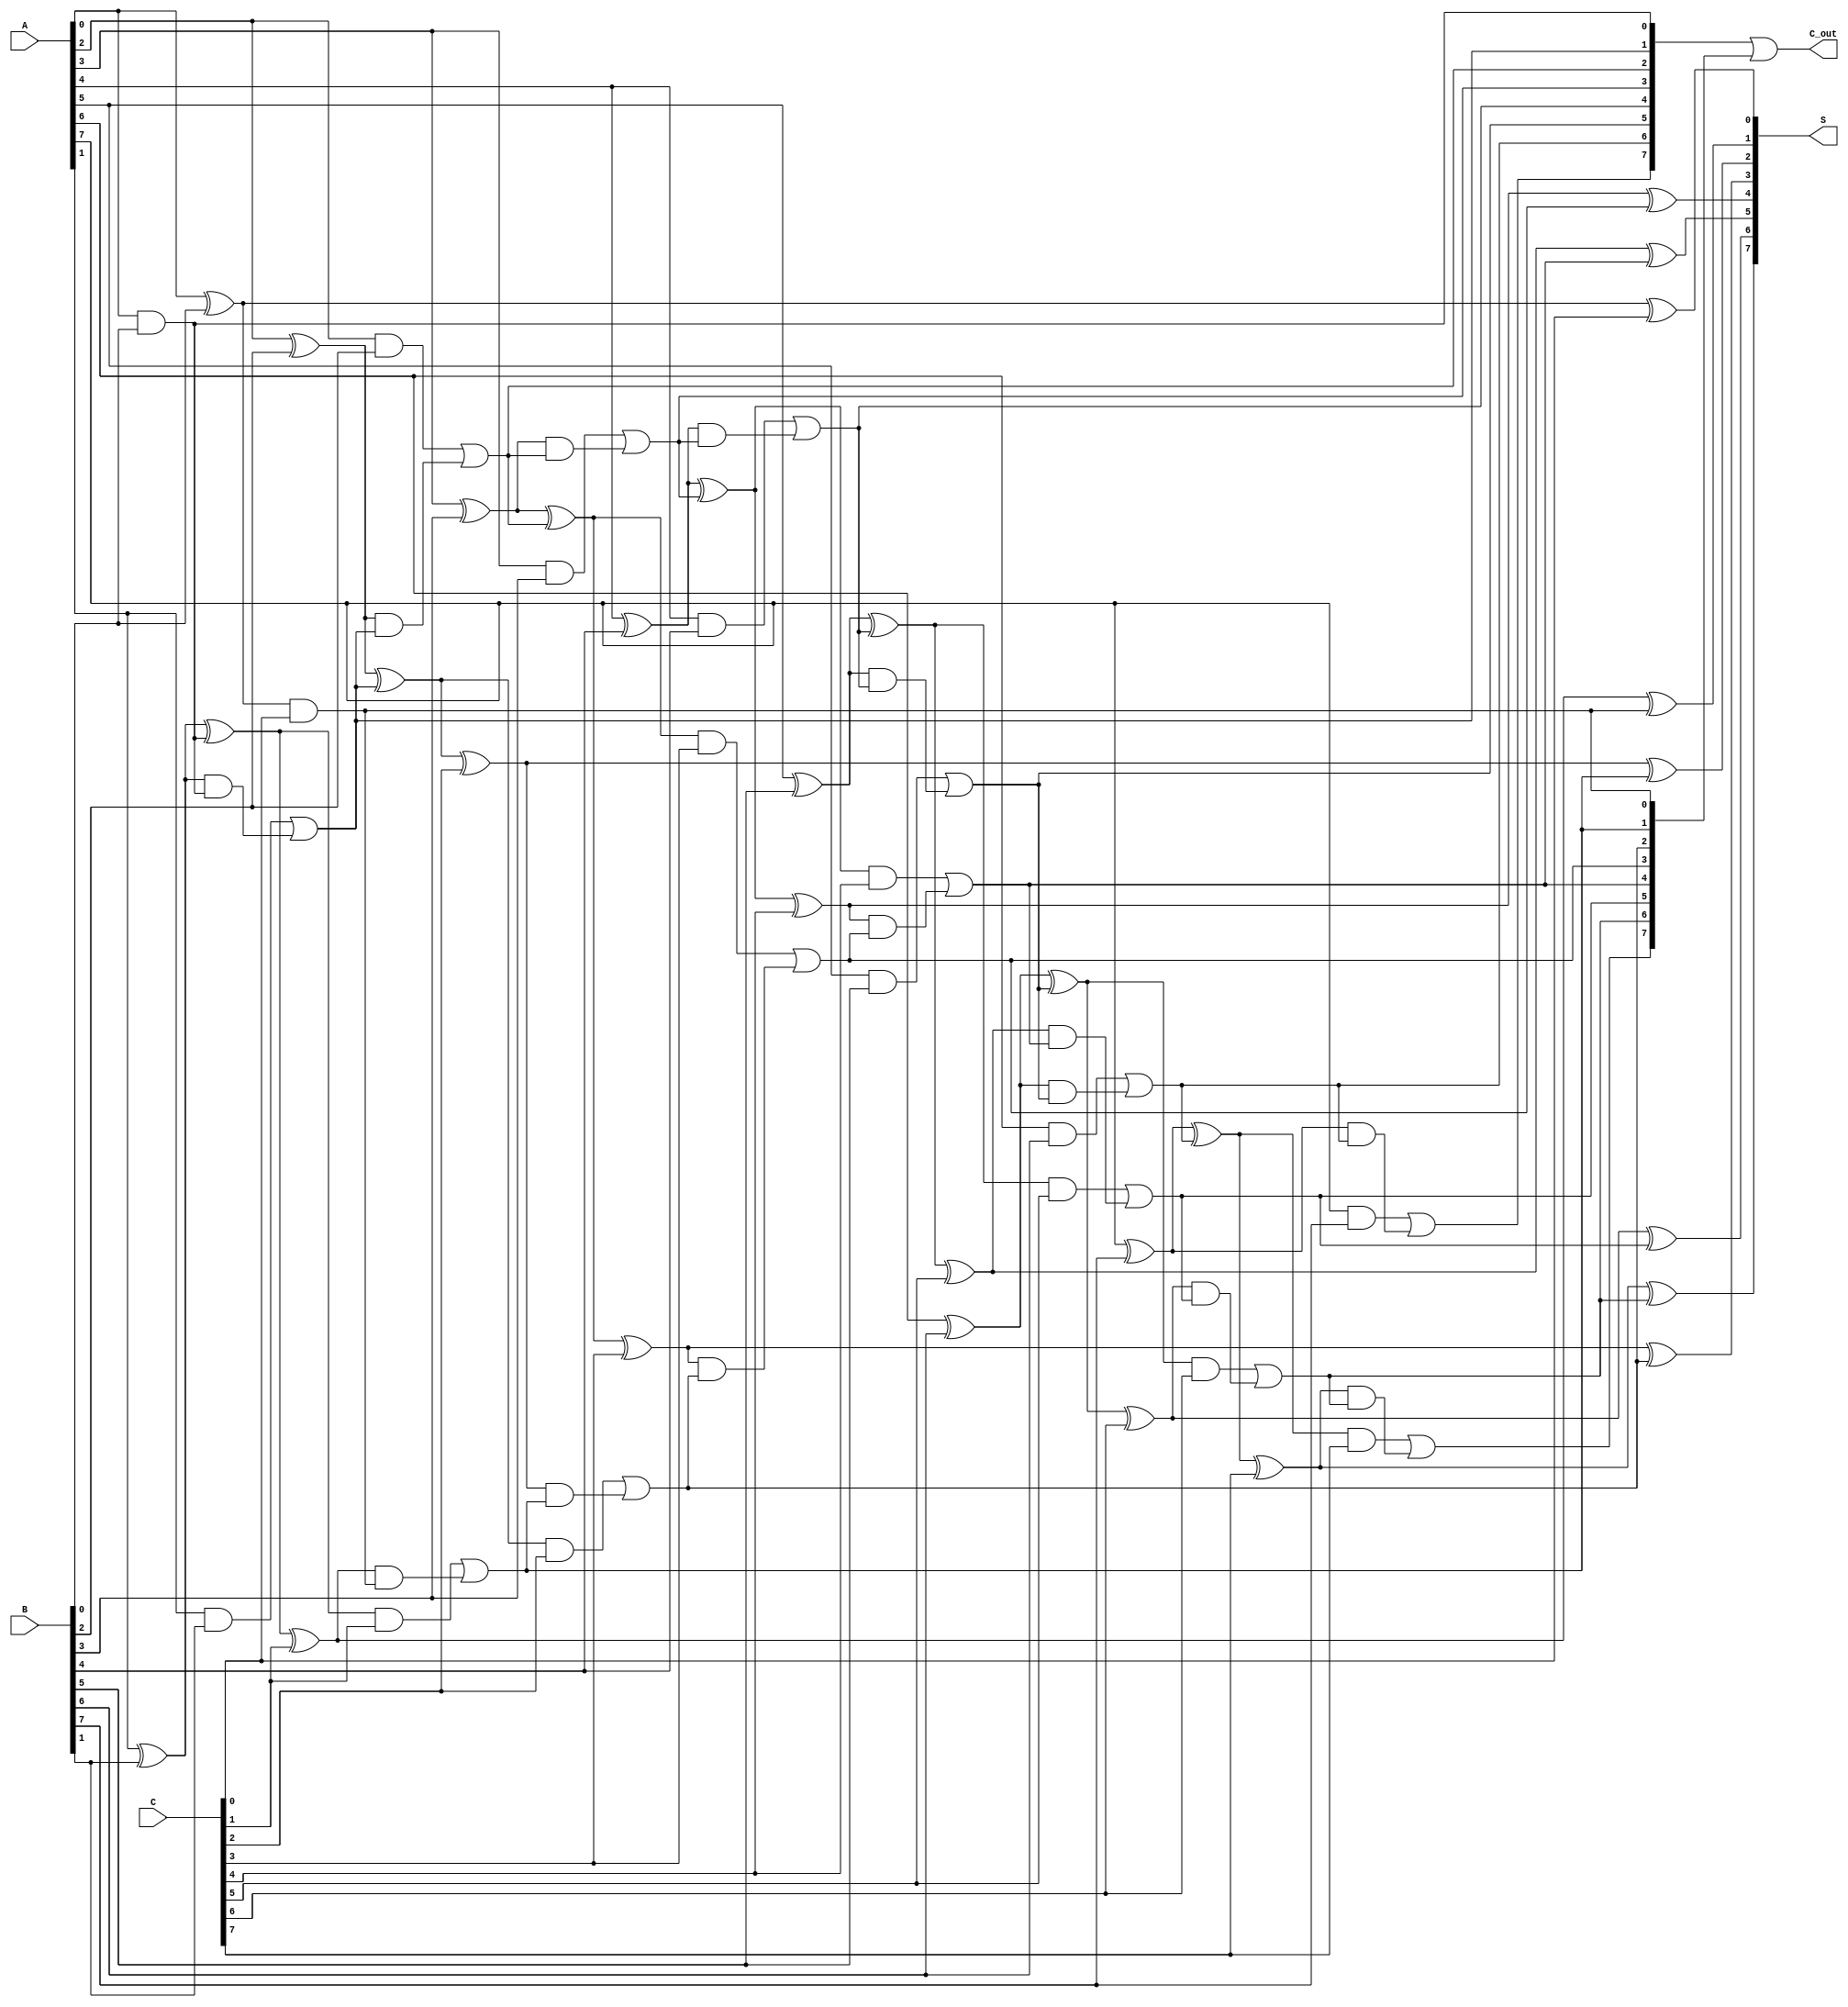
module RippleCarrySaveAdder #(parameter WIDTH = 8) (
    input [WIDTH-1:0] A,     // First input
    input [WIDTH-1:0] B,     // Second input
    input [WIDTH-1:0] C,     // Third input
    output [WIDTH-1:0] S,     // Sum output
    output [WIDTH-1:0] C_out   // Carry output
);

    // Internal wires to hold the intermediate sums and carries
    wire [WIDTH-1:0] sum1, sum2, carry1, carry2;

    // Full adders for each bit position
    genvar i;
    generate
        for (i = 0; i < WIDTH; i = i + 1) begin : full_adder
            // First two inputs (A and B)
            if (i == 0) begin
                assign sum1[i] = A[i] ^ B[i];
                assign carry1[i] = A[i] & B[i];
            end
            else begin
                assign sum1[i] = A[i] ^ B[i] ^ carry1[i-1];
                assign carry1[i] = (A[i] & B[i]) | ((A[i] ^ B[i]) & carry1[i-1]);
            end
        end
    endgenerate

    // Full adders to combine the result with the third input (C)
    generate
        for (i = 0; i < WIDTH; i = i + 1) begin : full_adder_c
            if (i == 0) begin
                assign S[i] = sum1[i] ^ C[i];
                assign carry2[i] = sum1[i] & C[i];
            end
            else begin
                assign S[i] = sum1[i] ^ C[i] ^ carry2[i-1];
                assign carry2[i] = (sum1[i] & C[i]) | ((sum1[i] ^ C[i]) & carry2[i-1]);
            end
        end
    endgenerate

    // Final carry output
    assign C_out = carry1 | carry2;

endmodule